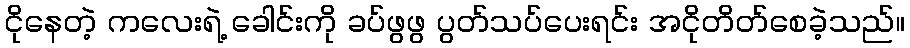
ငိုနေတဲ့ ကလေးရဲ့ ခေါင်းကို ခပ်ဖွဖွ ပွတ်သပ်ပေးရင်း အငိုတိတ်စေခဲ့သည်။